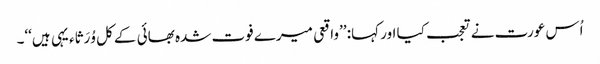
اُس عورت نے تعجب کیا اور کہا: ’’واقعی میرے فوت شدہ بھائی کے کل وُرَثاء یہی ہیں‘‘۔